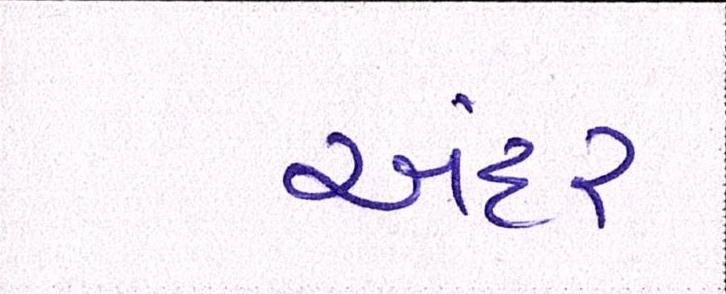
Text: અંદર